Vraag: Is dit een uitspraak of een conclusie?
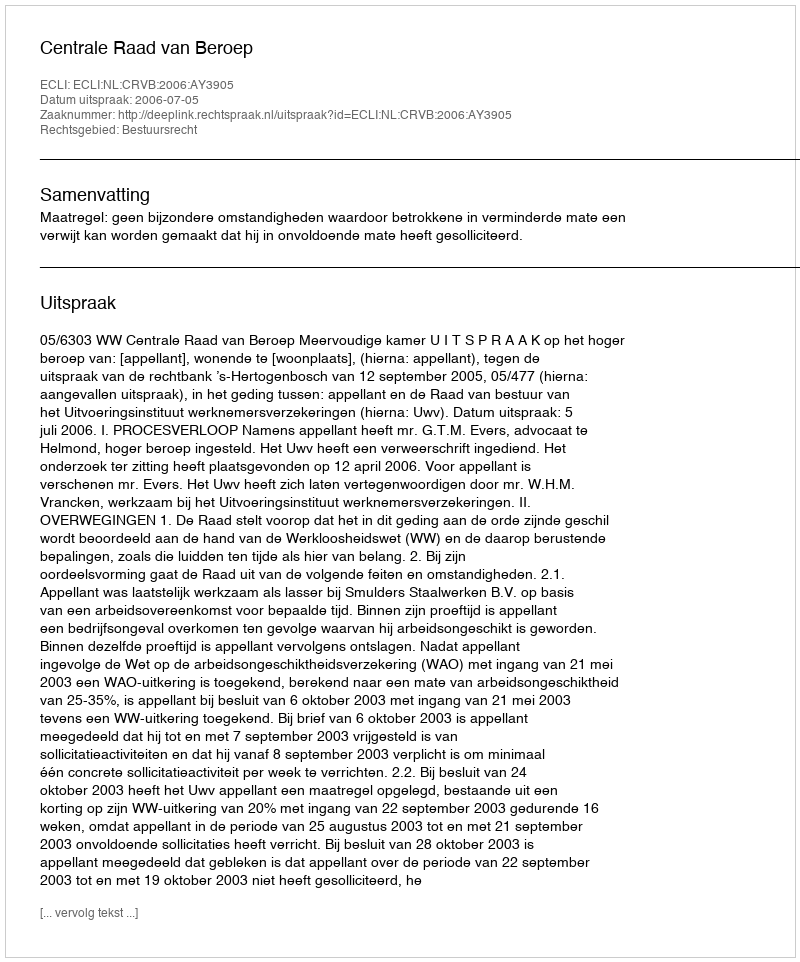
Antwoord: Uitspraak